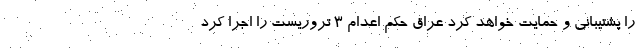
را پشتیبانی و حمایت خواهد کرد عراق حکم اعدام 3 تروریست را اجرا کرد